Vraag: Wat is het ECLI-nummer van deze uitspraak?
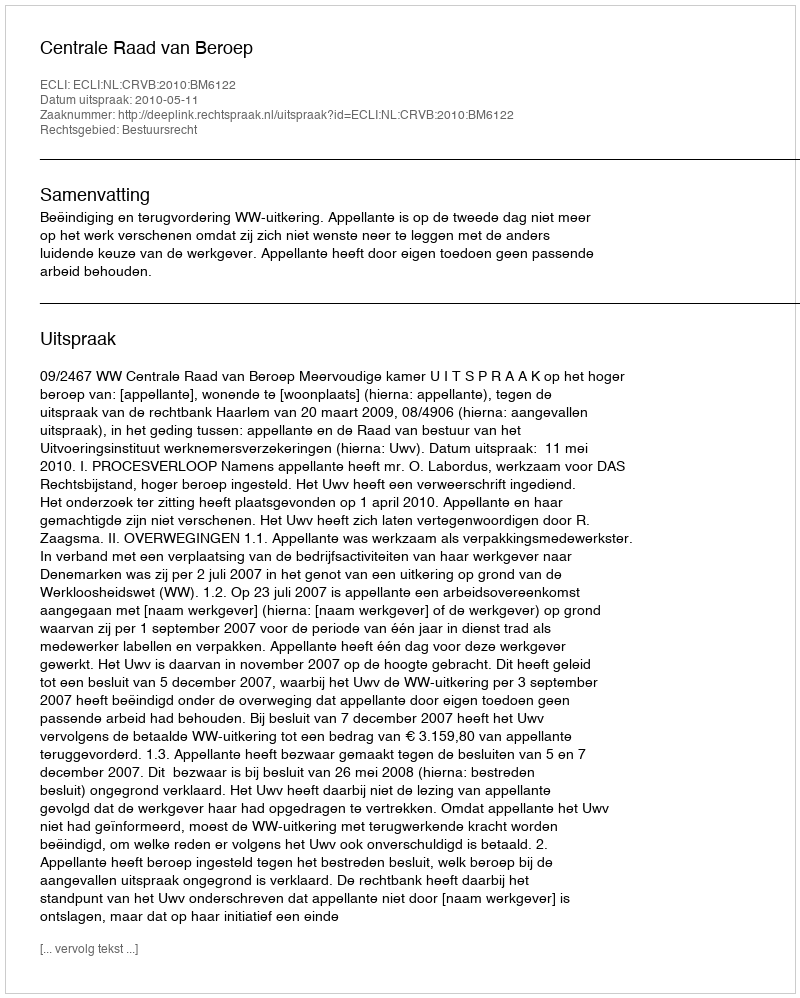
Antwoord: ECLI:NL:CRVB:2010:BM6122